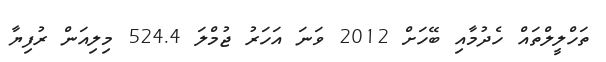
ތަހްލީލްތައް ހެދުމާއި ބޭހަށް 2012 ވަނަ އަހަރު ޖުމްލަ 524.4 މިލިއަން ރުފިޔާ